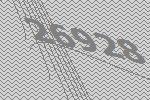
26928